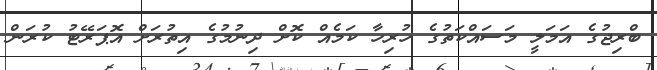
ބްރިޖުގެ އަމަލީ މަސައްކަތުގެ ހުރިހާ ކަމެއް ކޮށް ދިނުމުގެ އިތުރަށް އޮޕަރޭޓު ކުރަން